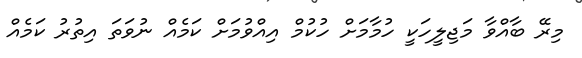
މިރޭ ބާއްވާ މަޖިލީހަކީ ހުމާމަށް ހުކުމް އިއްވުމަށް ކަމެއް ނުވަތަ އިތުރު ކަމެއް